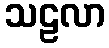
သဠလာ